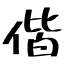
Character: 偕